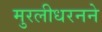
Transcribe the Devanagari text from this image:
मुरलीधरनने